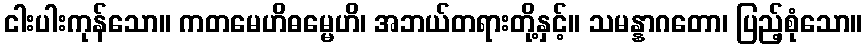
ငါးပါးကုန်သော။ ကတမေဟိဓမ္မေဟိ၊ အဘယ်တရားတို့နှင့်။ သမန္နာဂတော၊ ပြည့်စုံသော။